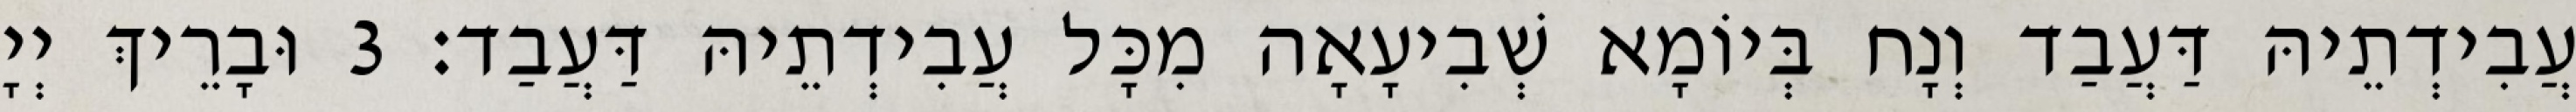
עֲבִידְתֵיהּ דַּעֲבַד וְנָח בְּיוֹמָא שְׁבִיעָאָה מִכָּל עֲבִידְתֵיהּ דַּעֲבַד׃ 3 וּבָרֵיךְ יְיָ